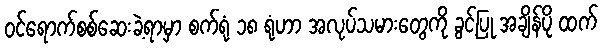
ဝင်ရောက်စစ်ဆေးခဲ့ရာမှာ စက်ရုံ ၁၈ ရုံဟာ အလုပ်သမားတွေကို ခွင့်ပြု အချိန်ပို ထက်